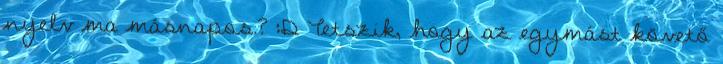
nyelv ma másnapos.? :D Tetszik, hogy az egymást követő